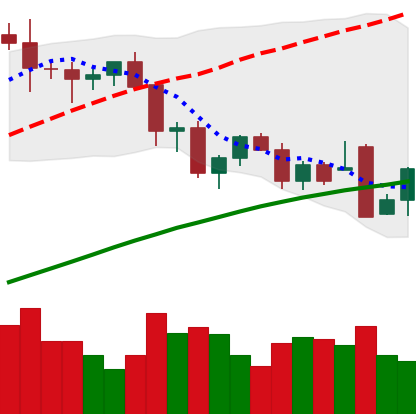
Ticker: BTC-USD
Chart end date: 2021-11-28
Forward return: -6.376%
Label: down_5_7